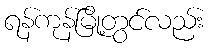
ရန်ကုန်မြို့တွင်လည်း